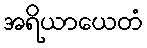
အရိယာယေတံ